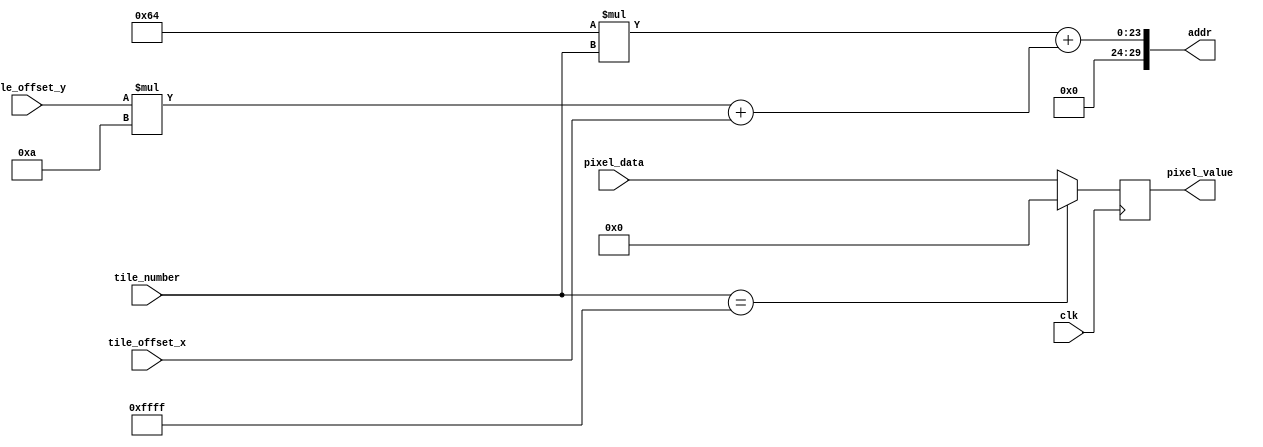
`timescale 1ns / 1ps
//////////////////////////////////////////////////////////////////////////////////
// Company: 
// Engineer: 
// 
// Design Name: 
// Module Name: Pixel_Generator
// Project Name: 
// Target Devices: 
// Tool Versions: 
// Description: 
// 
// Dependencies: 
// 
// Revision:
// Revision 0.01 - File Created
// Additional Comments:
// 
//////////////////////////////////////////////////////////////////////////////////


module Pixel_Generator(
    input clk,
    input [15:0] tile_number,
    input [7:0] tile_offset_x,
    input [7:0] tile_offset_y,
    
    input [23:0] pixel_data,
    output [29:0] addr,
    
    output reg [23:0] pixel_value


    );

parameter TILE_SIZE = 10;

assign addr = TILE_SIZE*TILE_SIZE * tile_number + (tile_offset_y * TILE_SIZE + tile_offset_x);

always @(posedge clk) begin
    if(tile_number == 16'hffff) begin
        pixel_value <= 0;
    end else begin
        pixel_value <= pixel_data;
    end
end
    

endmodule